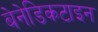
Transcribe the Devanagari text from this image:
बेनेडिकटाइन